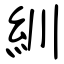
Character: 紃